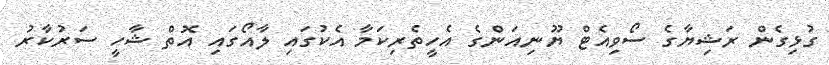
ގުޅިގެން ރަޝިޔާގެ ސޯވިއެޓް ޔޫނިއަންގެ އެހީތެރިކަމާ އެކުގައި ލާއޯގައި އޮތް ޝާހީ ސަރުކާރު